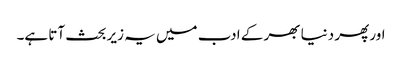
اور پھر دنیا بھر کے ادب میں یہ زیر بحث آتا ہے۔